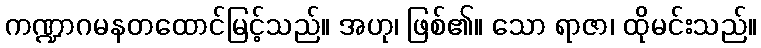
ကဏ္ဍာဂမနတထောင်မြင့်သည်။ အဟု၊ ဖြစ်၏။ သော ရာဇာ၊ ထိုမင်းသည်။